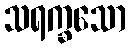
သရက္ခသော